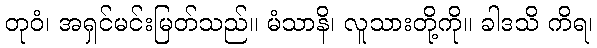
တုဝံ၊ အရှင်မင်းမြတ်သည်။ မံသာနိ၊ လူသားတို့ကို။ ခါဒသိ ကိရ၊